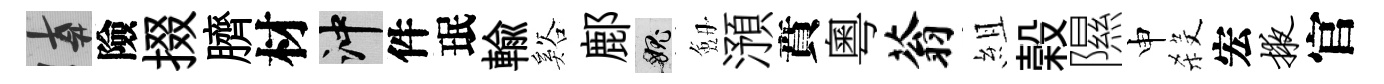
遲險掇臍材冲件珉輸谿鄜愧劔澦賁粵蓊組榖隰申殺宏掖官